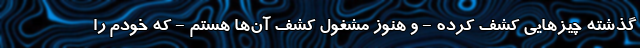
گذشته چیز‌هایی کشف کرده - و هنوز مشغول کشف آن‌ها هستم - که خودم را